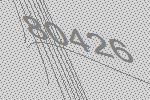
80426